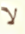
لا